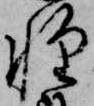
軽